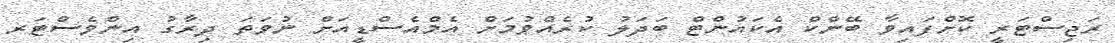
ރަޖިސްޓަރީ ކޮށްފައިވާ ބޭންކް އެކައުންޓް ބަދަލު ކުރެއްވުމަށް އެމްއެސްޑީއަށް ނުވަތަ ދިރާގު އިންވެސްޓަރ